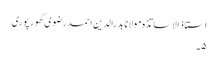
استاذ الاساتذہ مولانا بدرالدین احمد رضوی گھور پوری
۵۔